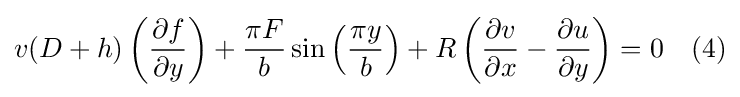
v(D+h)\left({\frac {\partial f}{\partial y}}\right)+{\frac {\pi F}{b}}\sin \left({\frac {\pi y}{b}}\right)+R\left({\frac {\partial v}{\partial x}}-{\frac {\partial u}{\partial y}}\right)=0\quad (4)